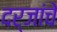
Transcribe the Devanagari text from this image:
दर्जांचे